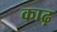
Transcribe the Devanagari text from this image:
काढ़